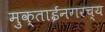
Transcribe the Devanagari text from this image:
मुक्ताईनगरच्य